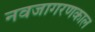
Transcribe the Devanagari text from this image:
नवजागरणकाल